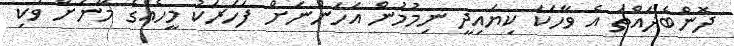
ދޮންބެދައްތަ އެ ވާހަކަ ކިޔައިދީ ނިމުމުން އަހަންނަށް ފަހަރަކު މީހެއްގެ މޫނަށް ވަކި